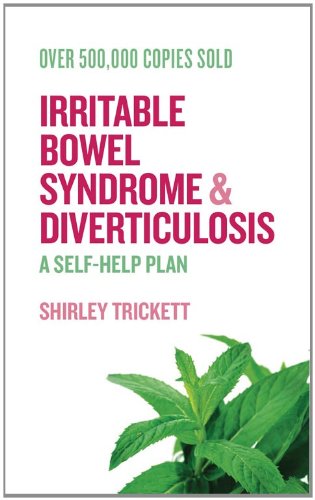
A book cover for Irritable Bowel Syndrome and Diverticulosis: A Self-Help Plan; Shirley Trickett; Health, Fitness & Dieting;